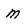
Character: M